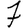
Digit: 7